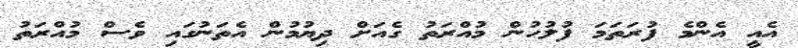
އެއީ އެންމެ ފުރަތަމަ ފުލުހުން މުއްރަތު ގެއަށް ދިޔުމުން އެތަނުގައި ވެސް މުއްރަތު